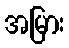
အမြား